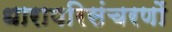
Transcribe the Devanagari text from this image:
धारापरिसंचरणों